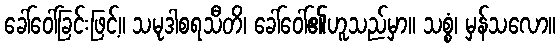
ခေါ်ဝေါ်ခြင်းဖြင့်။ သမုဒါစရသီတိ၊ ခေါ်ဝေါ်၏ဟူသည်မှာ။ သစ္စံ၊ မှန်သလော။